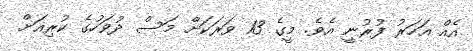
އެއް އަހަރު ފުރުނީ އެވެ. މީގެ 13 ވަރަކަށް މަސް ދުވަހުގެ ކުރިއަށް